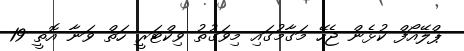
ޕްލޭއޯފް ކުޅެން ޖެހޭ މަގާމުގައި މިވަގުތު ވިކްޓަރީ ހަތް ވަނާ އޮތީ 19